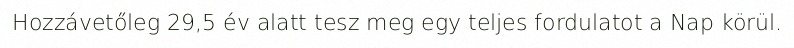
Hozzávetőleg 29,5 év alatt tesz meg egy teljes fordulatot a Nap körül.